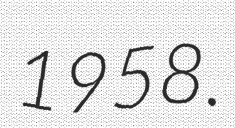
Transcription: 1958.